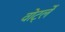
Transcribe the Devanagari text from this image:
वोर्ट्ले